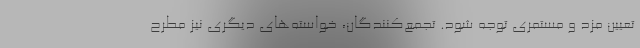
تعیین مزد و مستمری توجه شود. تجمع‌کنندگان، خواسته‌های دیگری نیز مطرح